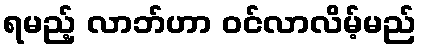
ရမည့် လာဘ်ဟာ ဝင်လာလိမ့်မည်